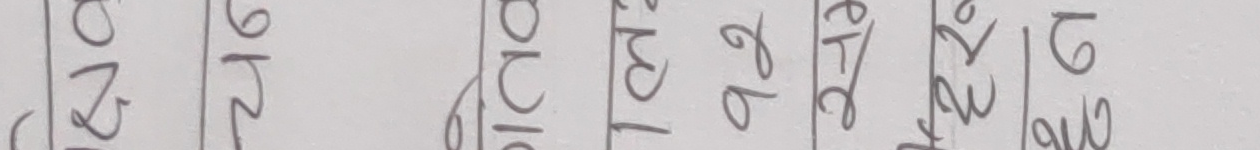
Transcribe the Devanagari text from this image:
०२ ७६ ५० १३ ७४ ८९ ८२